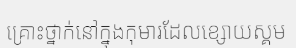
គ្រោះថ្នាក់នៅក្នុងកុមារដែលខ្សោយស្គម